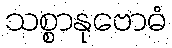
သစ္စာနုဗောဓံ